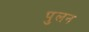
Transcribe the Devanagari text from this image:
पुलन